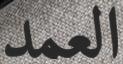
العمد